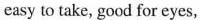
easy to take，good for eyes，